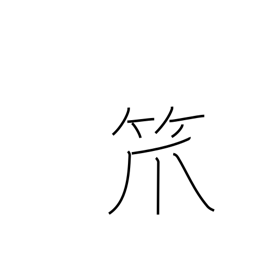
Meaning: bamboo basket